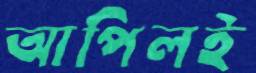
আপিলই